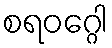
စရဝဂ္ဂေါ